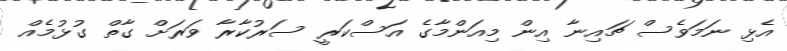
އެޅި ނަމަވެސް ޗައިނާ އިން މިއަންމާގެ އަސްކަރީ ސަރުކާރާ ވަރަށް ގާތް ގުޅުމެއް